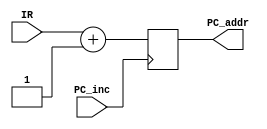
`timescale 1ns / 1ps

module program_counter(
    input wire PC_inc,
    input wire [7:0] IR,
    output reg [7:0] PC_addr
    );   
    
    initial begin
    PC_addr = 8'h00;
    end
    
    always @(posedge PC_inc) begin
            PC_addr = IR + 16'd1; 
            $display("*PC MESSAGE* PC Address = [%h]", PC_addr);   
    end

endmodule